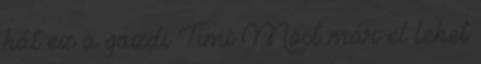
hát ez a gazdi Timi Most már el lehet